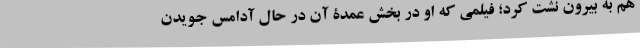
هم به بیرون نشت کرد؛ فیلمی که او در بخش عمدۀ‌ آن در حال آدامس جویدن